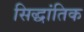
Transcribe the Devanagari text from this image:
सिद्धांतिक